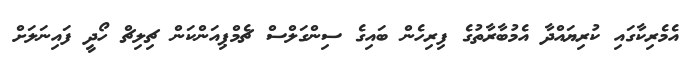
އެމެރިކާގައި ކުރިޔައްދާ އެމުބާރާތުގެ ފިރިހެން ބަައިގެ ސިންގަލްސް ޗެމްޕިއަންކަން ޗިިލިޗް ހޯދީ ފައިނަލަށް